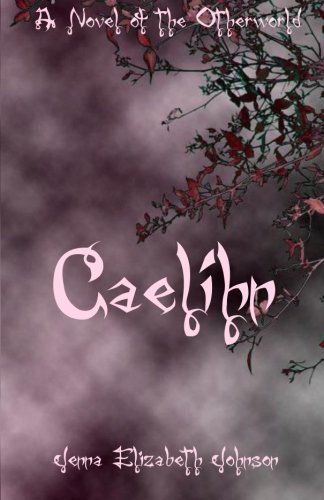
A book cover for Caelihn: A Novel of the Otherworld (The Otherworld Series) (Volume 7); Jenna Elizabeth Johnson; Science Fiction & Fantasy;